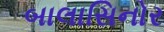
બાલાસિનોર